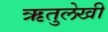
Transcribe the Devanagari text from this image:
ऋतुलेखी